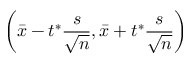
\left( { \bar { x } } - t ^ { * } { \frac { s } { \sqrt { n } } } , { \bar { x } } + t ^ { * } { \frac { s } { \sqrt { n } } } \right)